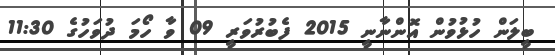
ބީލަން ހުޅުވުން އޮންނާނީ 2015 ފެބުރުވަރީ 09 ވާ ހޯމަ ދުވަހުގެ 11:30